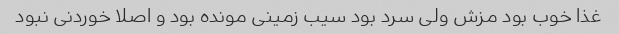
غذا خوب بود مزش ولی سرد بود سیب زمینی مونده بود و اصلا خوردنی نبود